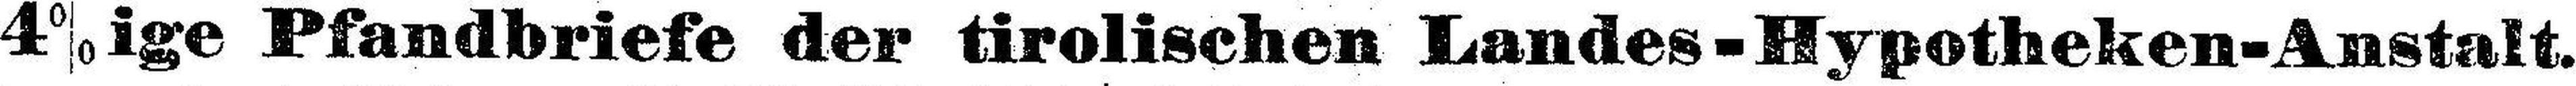
4% ige Pfandbriefe der tirolischen Landes-Hypotheken-Anstalt.